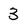
Character: 3